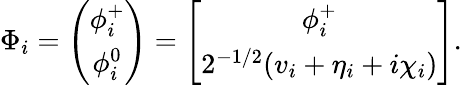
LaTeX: \Phi_{i}=\left(\begin{array}{c}{{\phi_{i}^{+}}}\\ {{\phi_{i}^{0}}}\end{array}\right)=\left[\begin{array}{c}{{\phi_{i}^{+}}}\\ {{2^{-1/2}(v_{i}+\eta_{i}+i\chi_{i})}}\end{array}\right].